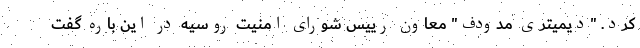
کرد. "دیمیتری مدودف" معاون رییس شورای امنیت روسیه در این باره گفت